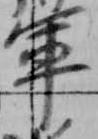
軍